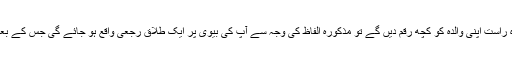
١ ) صورتِ مسئولہ میں اگر آپ براہِ راست اپنی والدہ کو کچھ رقم دیں گے تو مذکورہ الفاظ کی وجہ سے آپ کی بیوی پر ایک طلاقِ رجعی واقع ہو جائے گی جس کے بعد آپ کو رجوع کا حق حاصل ہوگا ۔